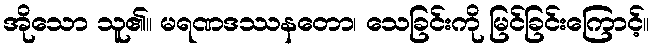
အိုသော သူ၏။ မရဏဒဿနတော၊ သေခြင်းကို မြင်ခြင်းကြောင့်။